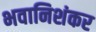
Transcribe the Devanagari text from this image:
भवानिशंकर